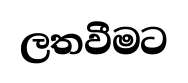
ලතවීමට